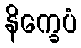
နိက္ခေပံ